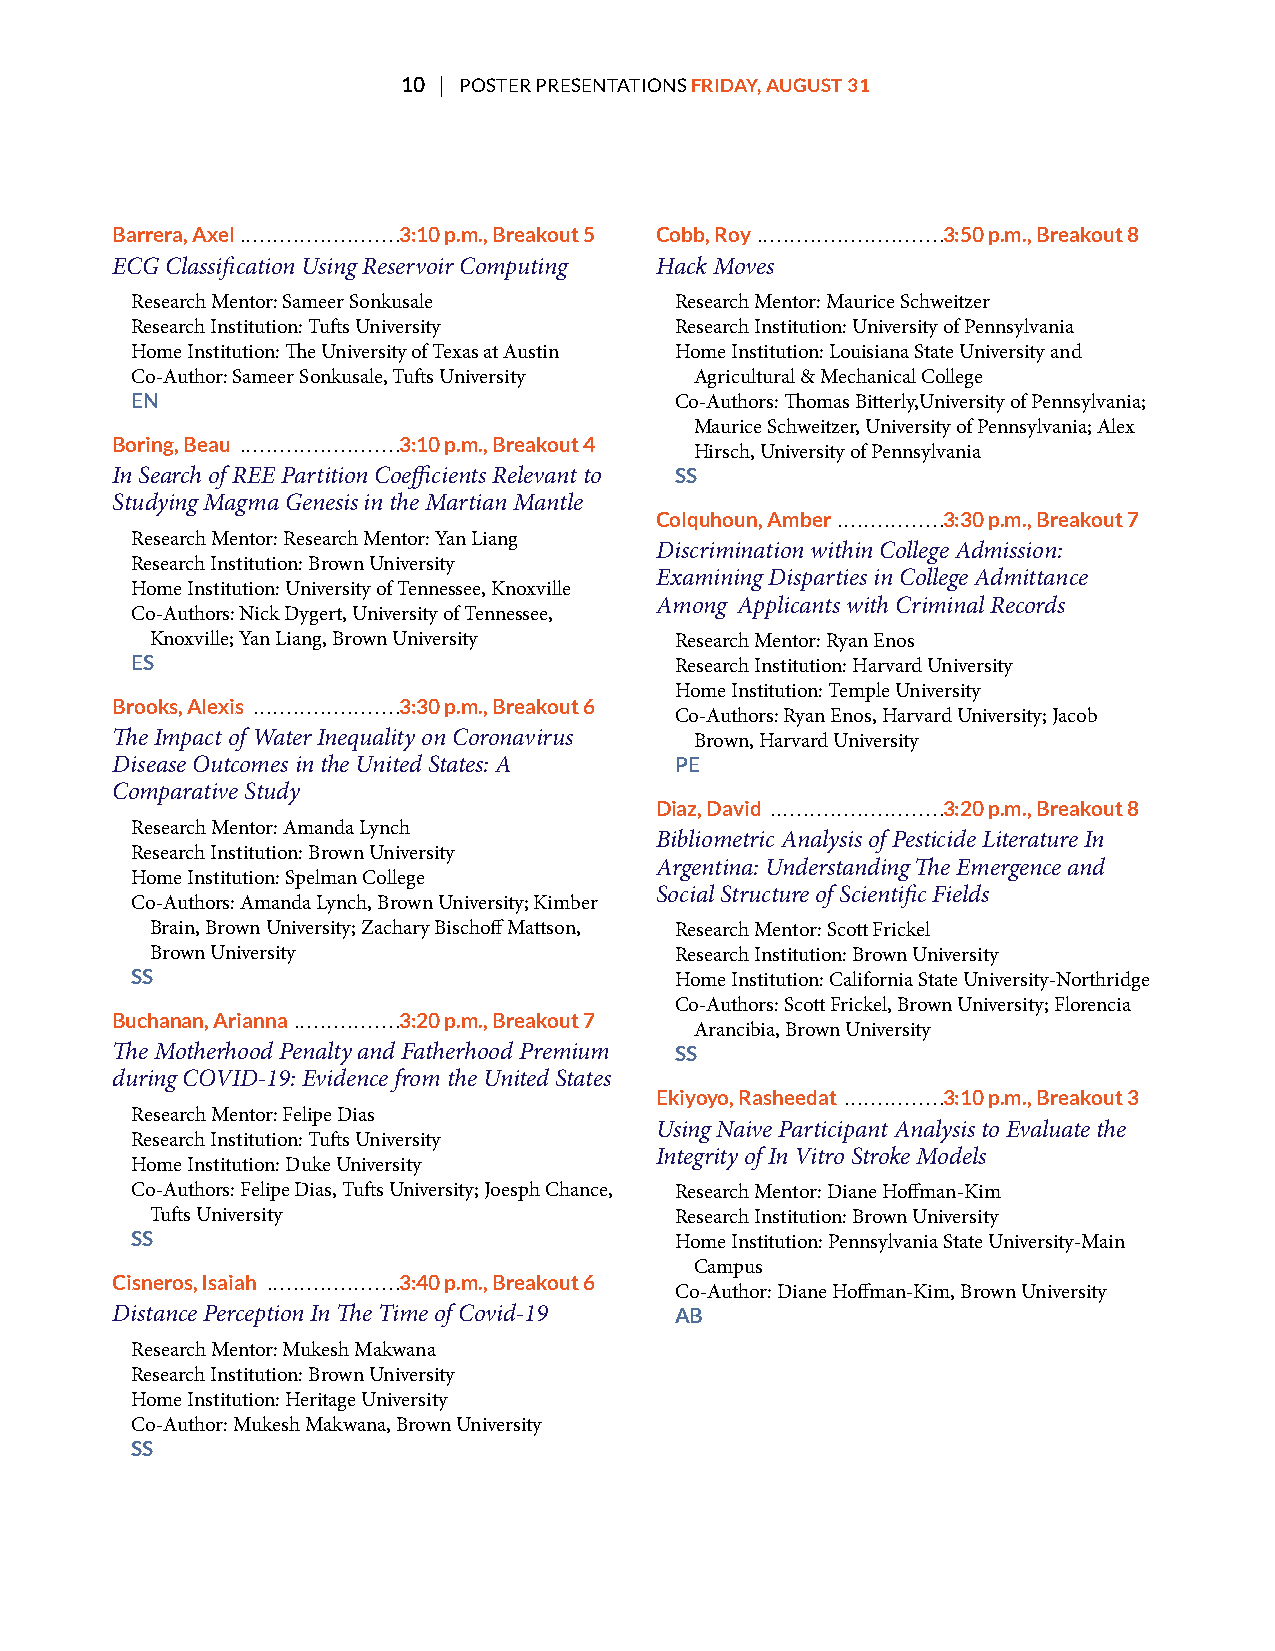
10 | POSTER PRESENTATIONS FRIDAY, AUGUST 31
 Barrera, Axel ........................3:10 p.m., Breakout 5 Cobb, Roy ............................3:50 p.m., Breakout 8
 ECG Classifcation Using Reservoir Computing Hack Moves
 Research Mentor: Sameer Sonkusale   Research Mentor: Maurice Schweitzer
 Research Institution: Tufs University Research Institution: University of Pennsylvania
 Home Institution: Te University of Texas at Austin Home Institution: Louisiana State University and
 Co-Author: Sameer Sonkusale, Tufs University Agricultural & Mechanical College
 EN                                  Co-Authors: Tomas Bitterly,University of Pennsylvania;
 Maurice Schweitzer, University of Pennsylvania; Alex
 Boring, Beau ........................3:10 p.m., Breakout 4
 Hirsch, University of Pennsylvania
 In Search of REE Partition Coefcients Relevant to SS
 Studying Magma Genesis in the Martian Mantle
 Colquhoun, Amber ................3:30 p.m., Breakout 7
 Research Mentor: Research Mentor: Yan Liang
 Discrimination within College Admission:
 Research Institution: Brown University
 Examining Disparties in College Admittance
 Home Institution: University of Tennessee, Knoxville
 Among Applicants with Criminal Records
 Co-Authors: Nick Dygert, University of Tennessee,
 Knoxville; Yan Liang, Brown University Research Mentor: Ryan Enos
 ES                                  Research Institution: Harvard University
 Home Institution: Temple University
 Brooks, Alexis ......................3:30 p.m., Breakout 6
 Co-Authors: Ryan Enos, Harvard University; Jacob
 Te Impact of Water Inequality on Coronavirus Brown, Harvard University
 Disease Outcomes in the United States: A PE
 Comparative Study
 Diaz, David ..........................3:20 p.m., Breakout 8
 Research Mentor: Amanda Lynch
 Bibliometric Analysis of Pesticide Literature In
 Research Institution: Brown University
 Argentina: Understanding Te Emergence and
 Home Institution: Spelman College
 Social Structure of Scientifc Fields
 Co-Authors: Amanda Lynch, Brown University; Kimber
 Brain, Brown University; Zachary Bischof Mattson, Research Mentor: Scott Frickel
 Brown University                   Research Institution: Brown University
 SS                                  Home Institution: California State University-Northridge
 Co-Authors: Scott Frickel, Brown University; Florencia
 Buchanan, Arianna ................3:20 p.m., Breakout 7
 Arancibia, Brown University
 Te Motherhood Penalty and Fatherhood Premium SS
 during COVID-19: Evidence from the United States
 Ekiyoyo, Rasheedat ...............3:10 p.m., Breakout 3
 Research Mentor: Felipe Dias
 Using Naive Participant Analysis to Evaluate the
 Research Institution: Tufs University
 Integrity of In Vitro Stroke Models
 Home Institution: Duke University
 Co-Authors: Felipe Dias, Tufs University; Joesph Chance, Research Mentor: Diane Hofman-Kim
 Tufs University                    Research Institution: Brown University
 SS                                  Home Institution: Pennsylvania State University-Main
 Campus
 Cisneros, Isaiah ....................3:40 p.m., Breakout 6
 Co-Author: Diane Hofman-Kim, Brown University
 Distance Perception In Te Time of Covid-19 AB
 Research Mentor: Mukesh Makwana
 Research Institution: Brown University
 Home Institution: Heritage University
 Co-Author: Mukesh Makwana, Brown University
 SS